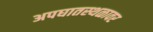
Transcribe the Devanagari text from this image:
अपघातस्थळावर